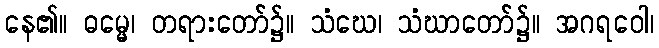
နေ၏။ ဓမ္မေ၊ တရားတော်၌။ သံဃေ၊ သံဃာတော်၌။ အဂရဝေါ၊